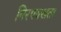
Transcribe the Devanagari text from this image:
निरपक्खता